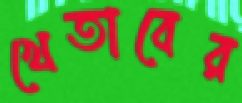
খেতাবের